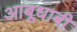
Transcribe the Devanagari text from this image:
आबूधाबी